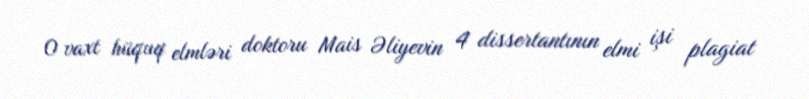
O vaxt hüquq elmləri doktoru Mais Əliyevin 4 dissertantının elmi işi plagiat